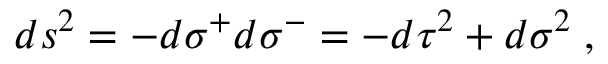
d s ^ { 2 } = - d \sigma ^ { + } d \sigma ^ { - } = - d \tau ^ { 2 } + d \sigma ^ { 2 } \; ,